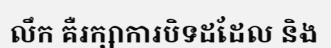
លឹក គឺរក្សាការបិទដដែល និង